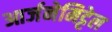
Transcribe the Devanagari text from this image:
आर्जनेमिट्टेल